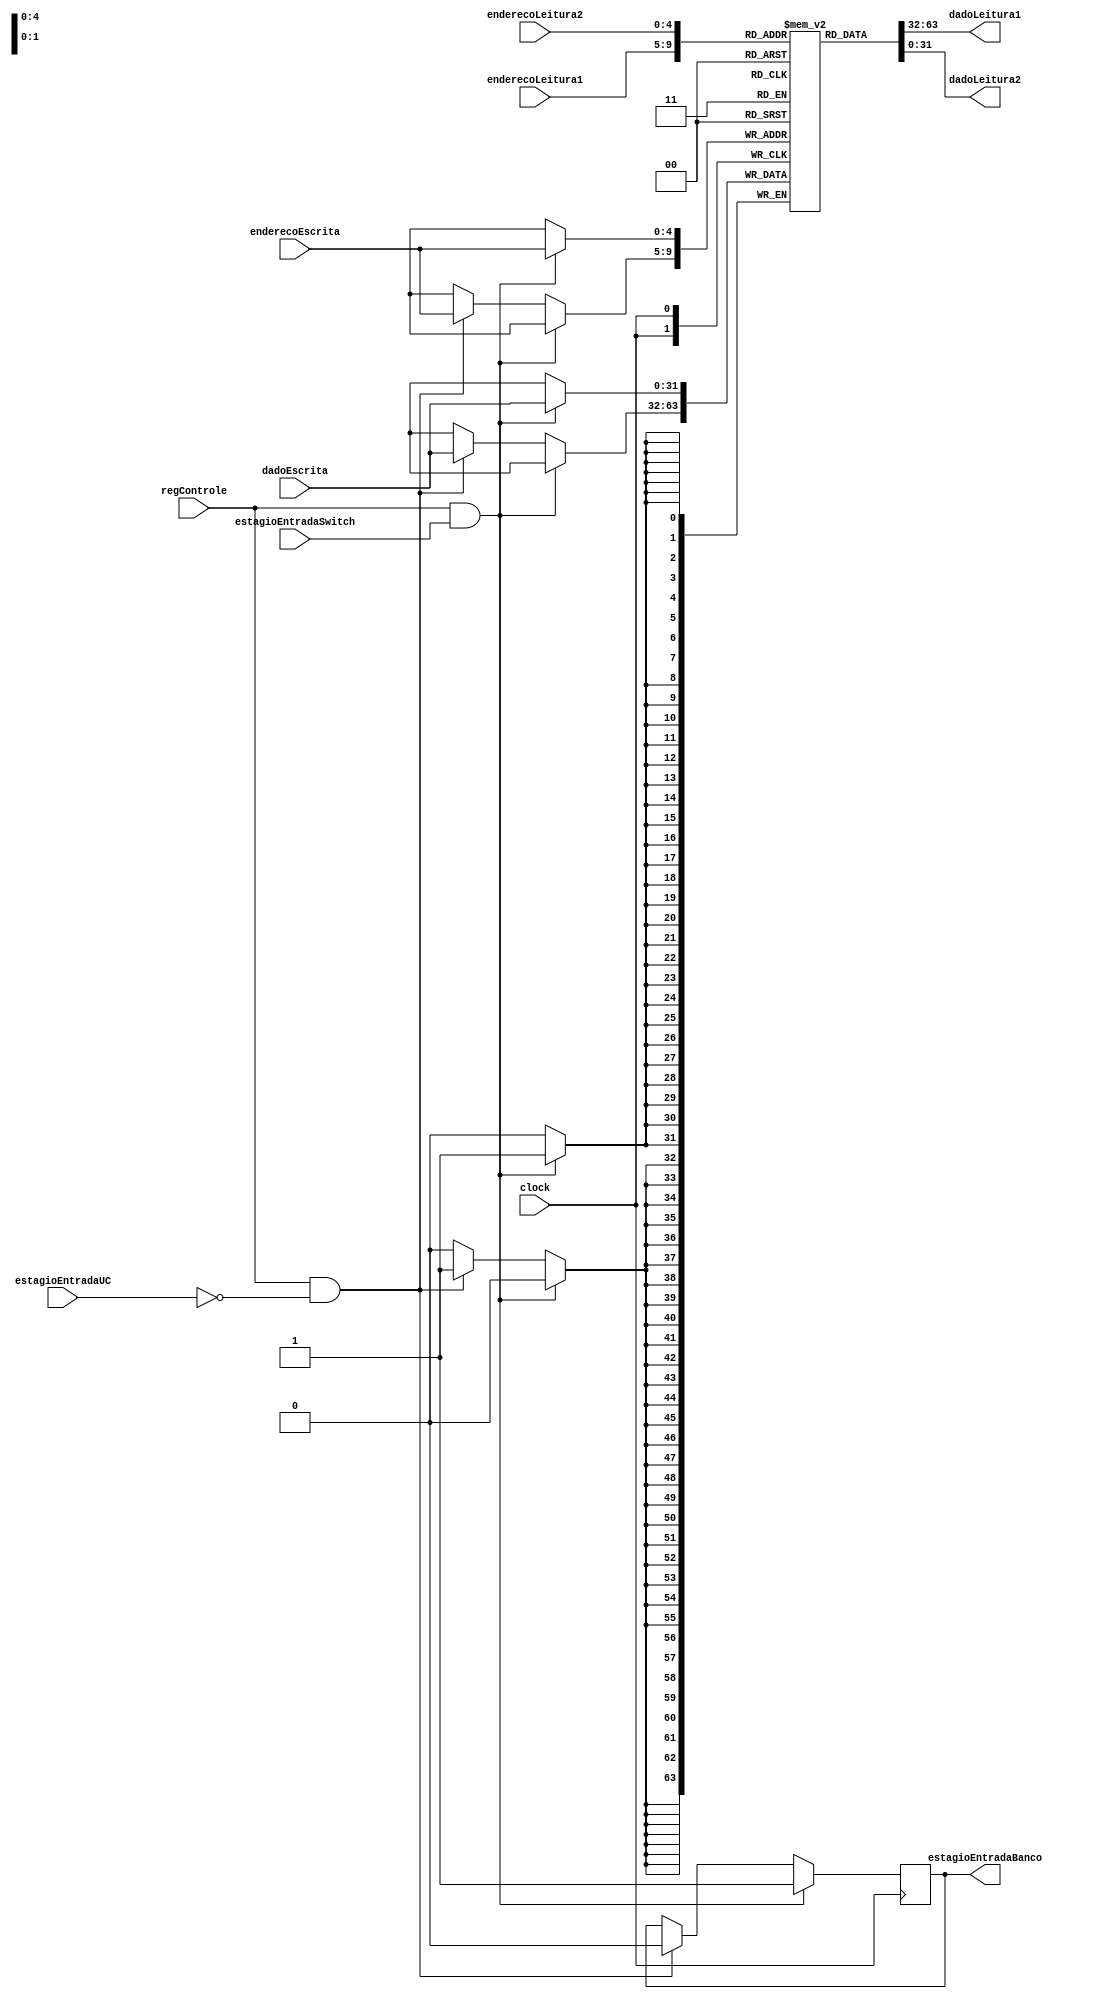
module bancoDeRegistradores(clock,
									 enderecoLeitura1,
									 dadoLeitura1,
									 enderecoLeitura2,
									 dadoLeitura2,
									 enderecoEscrita,
									 dadoEscrita,
									 regControle,
									 estagioEntradaBanco,
									 estagioEntradaSwitch,
									 estagioEntradaUC);

//Entradas
	input 				clock;
	input 				regControle;
	input [4:0] 		enderecoLeitura1;
	input [4:0] 		enderecoLeitura2;
	input [4:0] 		enderecoEscrita;
	input [31:0] 		dadoEscrita;
	input estagioEntradaSwitch;
	input estagioEntradaUC;
		
//Saidas
	output [31:0] 		dadoLeitura1;
	output [31:0]		dadoLeitura2;
	output reg estagioEntradaBanco;
	
	
//Declaracao do banco de registradores
	reg [31:0] banco [31:0];
	
	
//Logica combinacional
	assign dadoLeitura1 = banco[enderecoLeitura1];
	assign dadoLeitura2 = banco[enderecoLeitura2];
	
//Logica sequencial
	
	//Escreve nos registradores
	always @ (posedge clock)
		begin
			if (regControle && estagioEntradaSwitch) begin
				banco[enderecoEscrita] <= dadoEscrita;
				estagioEntradaBanco <= 1'b1;
			end else if (regControle && !estagioEntradaUC) begin
				banco[enderecoEscrita] <= dadoEscrita;
				estagioEntradaBanco <= 1'b0;
			end
		end
endmodule